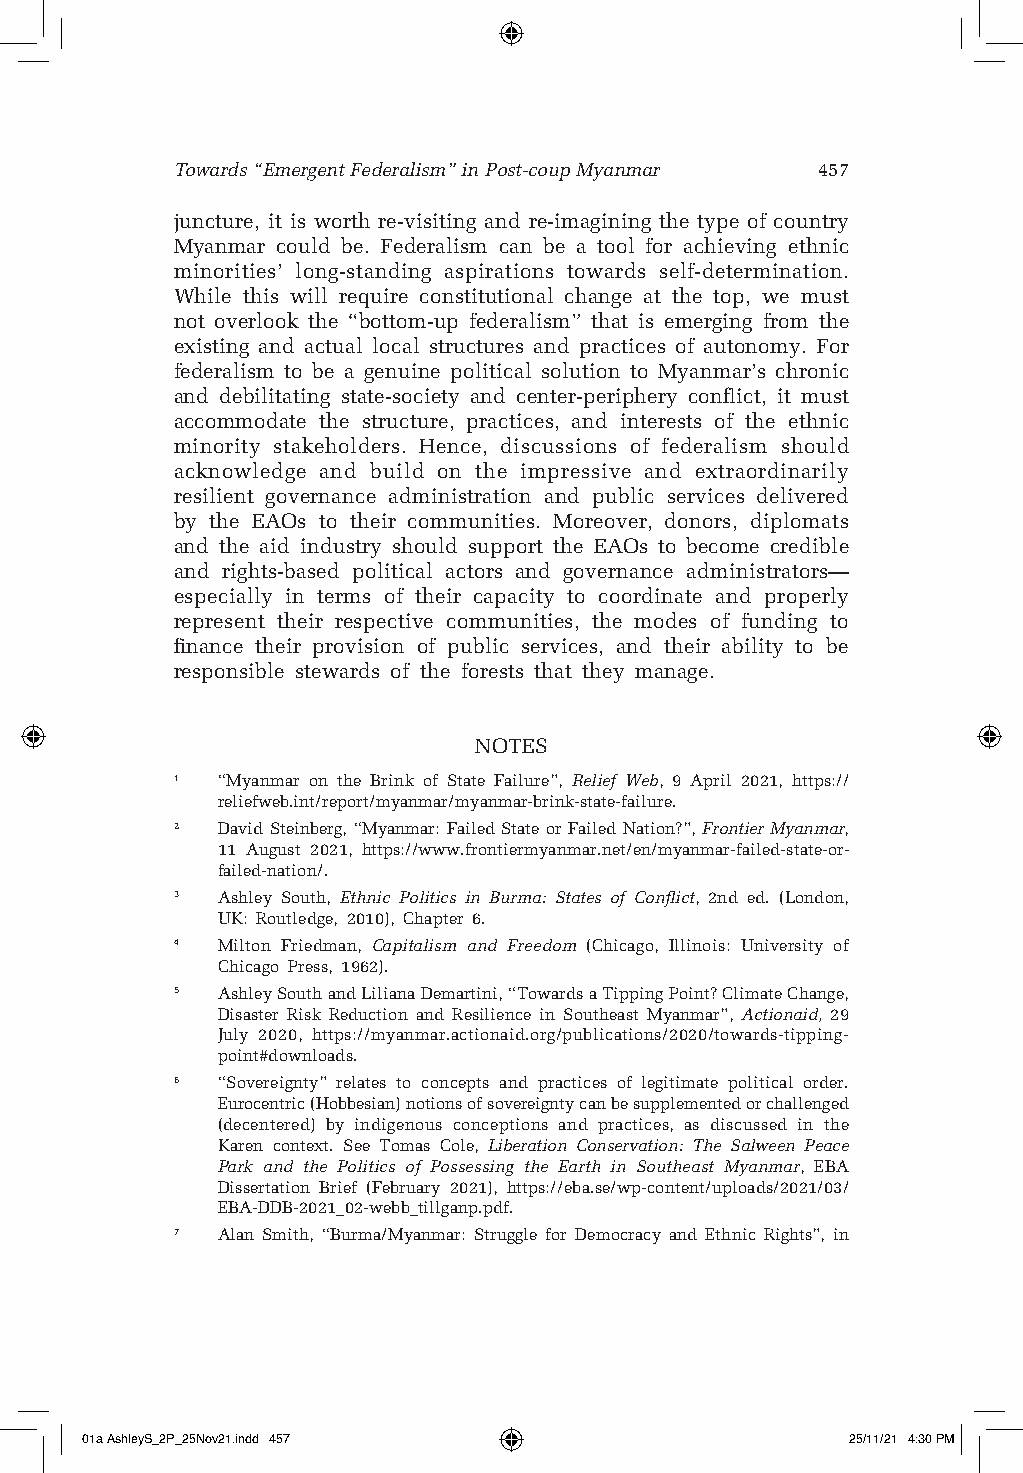
Towards “Emergent Federalism” in Post-coup Myanmar 457
 juncture, it is worth re-visiting and re-imagining the type of country
 Myanmar could be. Federalism can be a tool for achieving ethnic
 minorities’ long-standing aspirations towards self-determination.
 While this will require constitutional change at the top, we must
 not overlook the “bottom-up federalism” that is emerging from the
 existing and actual local structures and practices of autonomy. For
 federalism to be a genuine political solution to Myanmar’s chronic
 and debilitating state-society and center-periphery conflict, it must
 accommodate the structure, practices, and interests of the ethnic
 minority stakeholders. Hence, discussions of federalism should
 acknowledge and build on the impressive and extraordinarily
 resilient governance administration and public services delivered
 by the EAOs to their communities. Moreover, donors, diplomats
 and the aid industry should support the EAOs to become credible
 and rights-based political actors and governance administrators—
 especially in terms of their capacity to coordinate and properly
 represent their respective communities, the modes of funding to
 finance their provision of public services, and their ability to be
 responsible stewards of the forests that they manage.
 NOTES
 1 “Myanmar on the Brink of State Failure”, Relief Web, 9 April 2021, https://
 reliefweb.int/report/myanmar/myanmar-brink-state-failure.
 2 David Steinberg, “Myanmar: Failed State or Failed Nation?”, Frontier Myanmar,
 11 August 2021, https://www.frontiermyanmar.net/en/myanmar-failed-state-or-
 failed-nation/.
 3 Ashley South, Ethnic Politics in Burma: States of Conflict, 2nd ed. (London,
 UK: Routledge, 2010), Chapter 6.
 4 Milton Friedman, Capitalism and Freedom (Chicago, Illinois: University of
 Chicago Press, 1962).
 5 Ashley South and Liliana Demartini, “Towards a Tipping Point? Climate Change,
 Disaster Risk Reduction and Resilience in Southeast Myanmar”, Actionaid, 29
 July 2020, https://myanmar.actionaid.org/publications/2020/towards-tipping-
 point#downloads.
 6 “Sovereignty” relates to concepts and practices of legitimate political order.
 Eurocentric (Hobbesian) notions of sovereignty can be supplemented or challenged
 (decentered) by indigenous conceptions and practices, as discussed in the
 Karen context. See Tomas Cole, Liberation Conservation: The Salween Peace
 Park and the Politics of Possessing the Earth in Southeast Myanmar, EBA
 Dissertation Brief (February 2021), https://eba.se/wp-content/uploads/2021/03/
 EBA-DDB-2021_02-webb_tillganp.pdf.
 7 Alan Smith, “Burma/Myanmar: Struggle for Democracy and Ethnic Rights”, in
 01a AshleyS_2P_25Nov21.indd 457                    25/11/21 4:30 PM